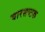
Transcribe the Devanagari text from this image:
चारसप्टक